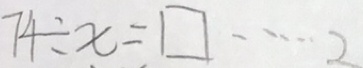
7 4 \div x = \square \cdots 2